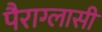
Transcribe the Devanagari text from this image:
पैराग्लासी